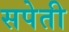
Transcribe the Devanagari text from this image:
सपेती